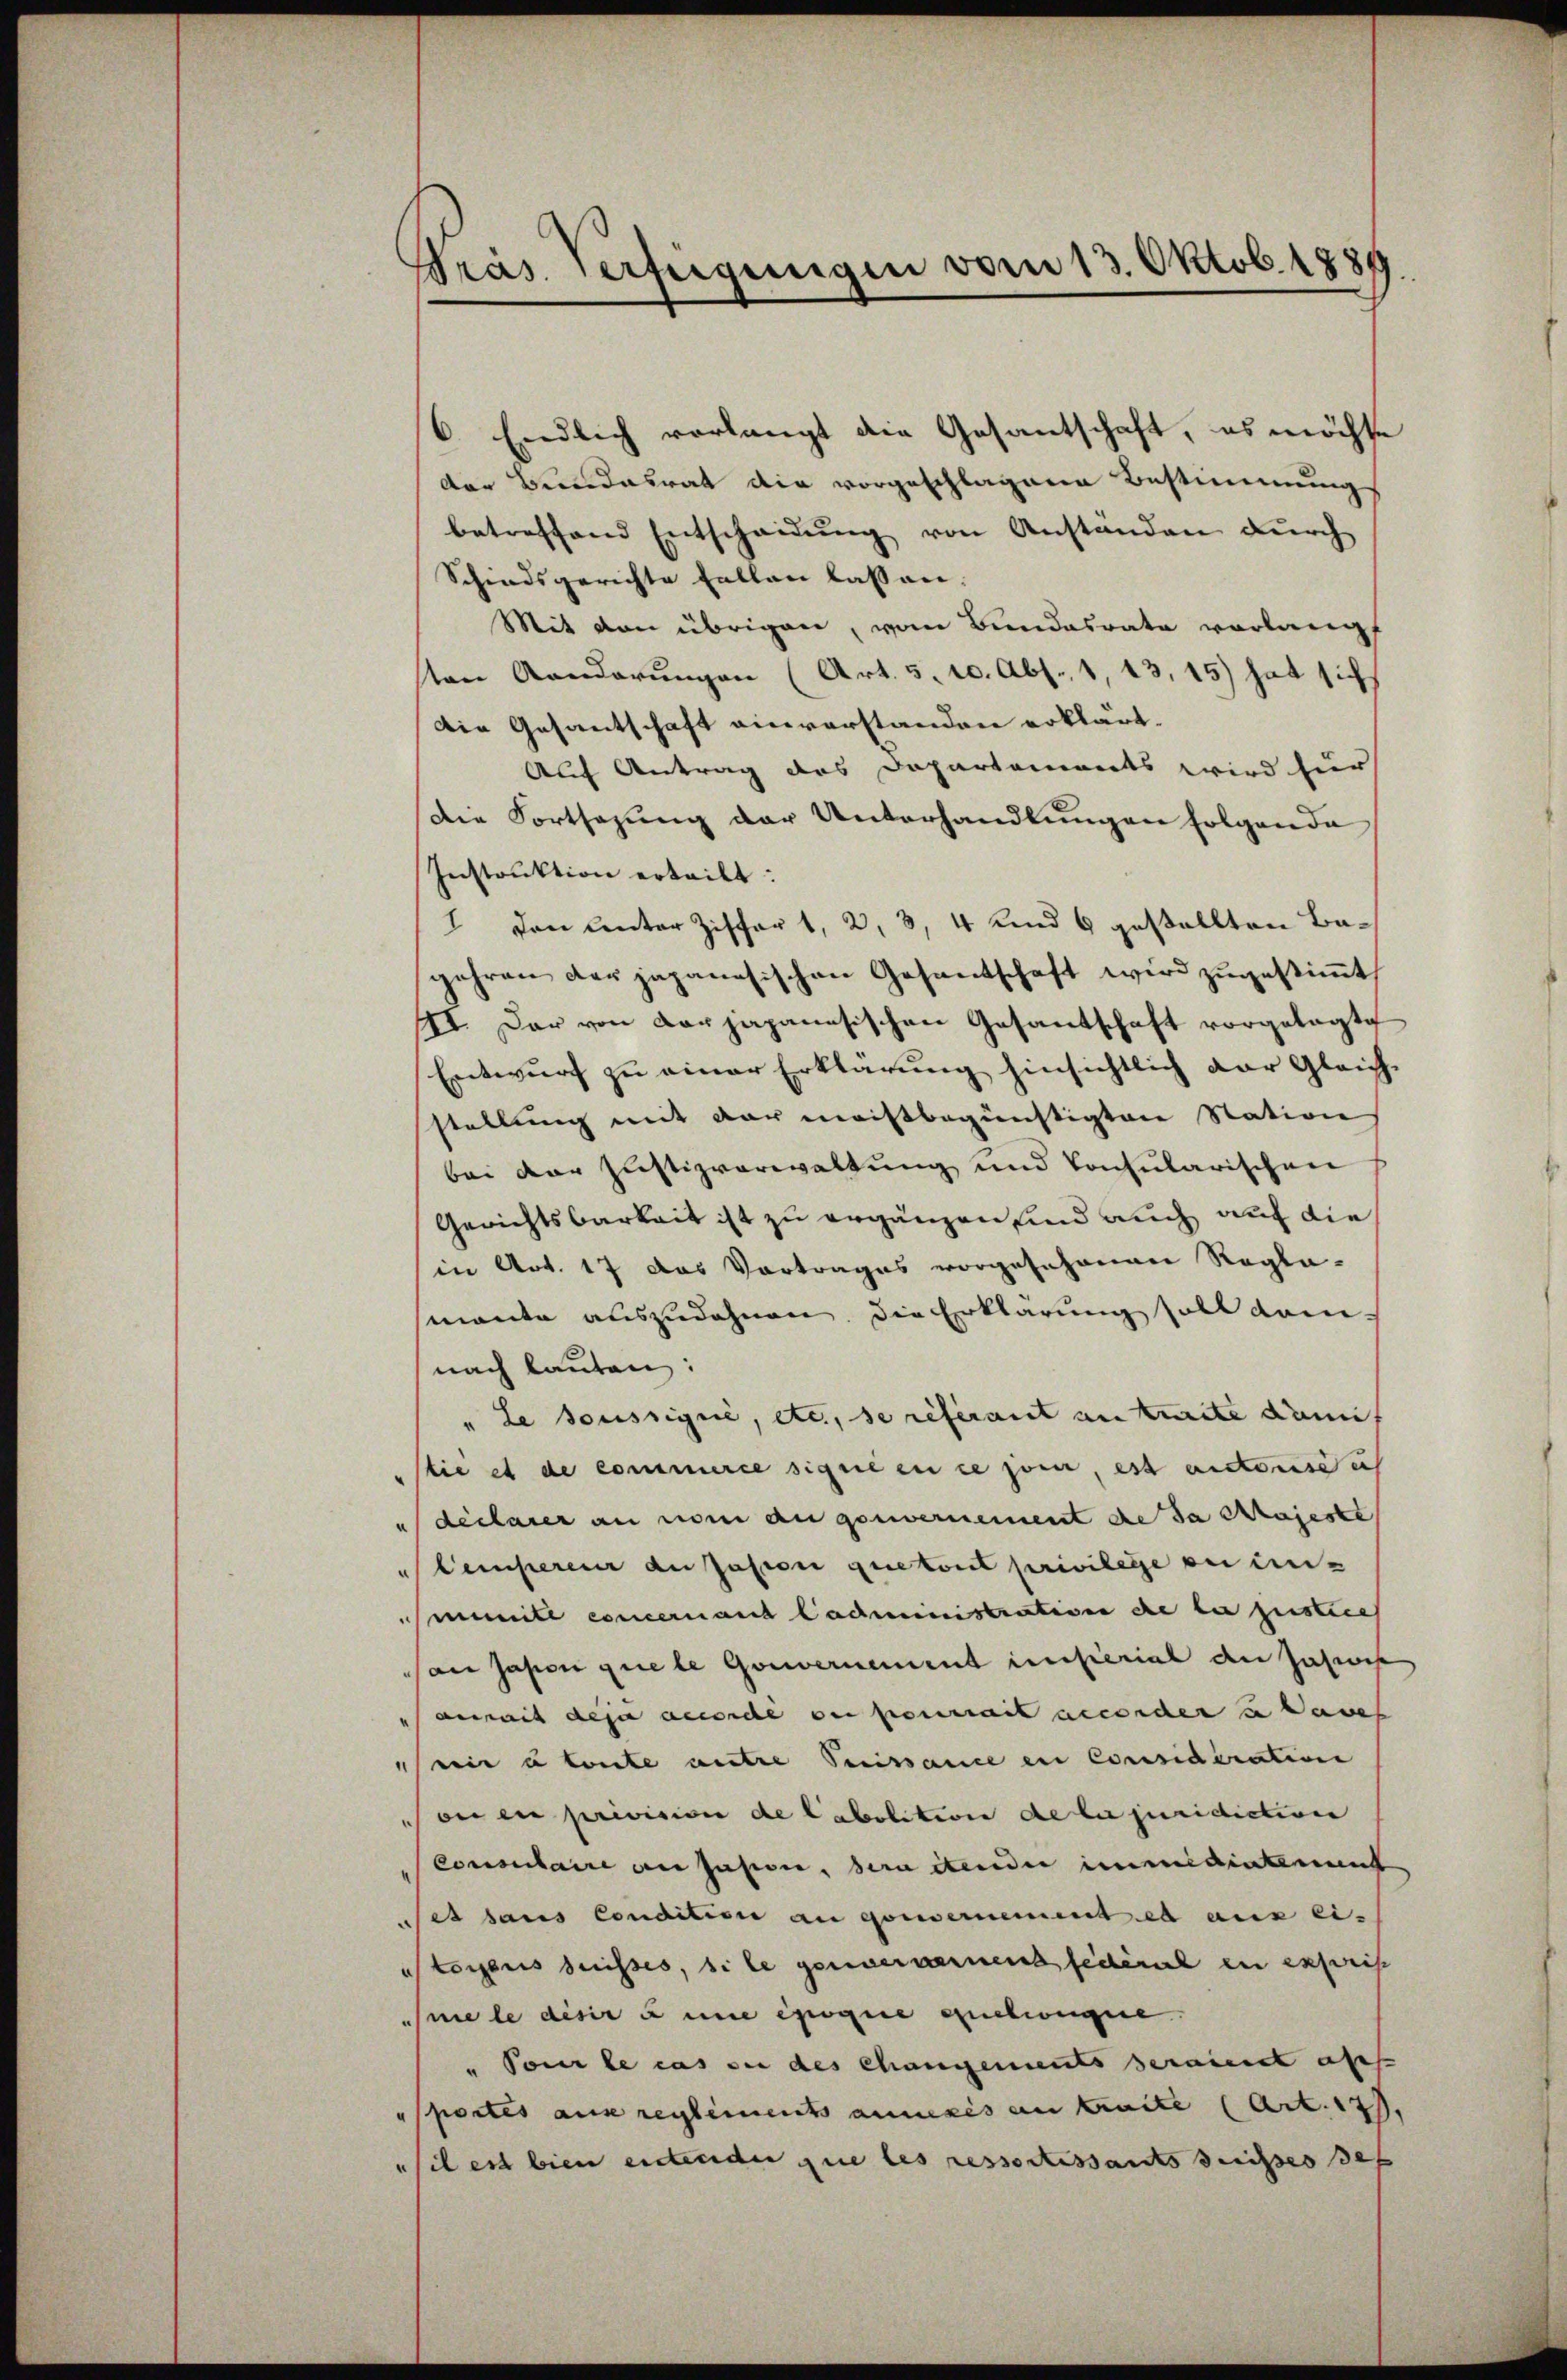
Präs. Verfügungen vom 13. Oktob. 1889.

6. Endlich verlangt die Gesantschaft, es möchte
der Bundesrat die vorgeschlagene Bestimmung
betreffend Entscheidung von Anständen durch
Schiedsgerichte fallen lassen.
Mit den übrigen, vom Bundesrate vorlangt
ten Kanderungen (Art. 5. 10. Abs. 1, 13,15) hat sich
Die Gesantschaft einverstanden erklärt.
Auf Antrag des Departements wird für
Die Fortsazung der Unterhandlungen folgende
Instruktion erteilt:
1 den unter Ziffer 1, 2, 3, 4 und 6 gestellten Bagehren der japanesischen Gesantschaft wird zugestimmt
III. Der von der japanesischen Gesantschaft vorgelegte
Entwurf zu einer Erklärung hinsichtlich der Gleich-
stellung mit der meistbegünstigten Station
bei der Justizverwaltung und Consularischen
Gerichtsbarkeit ist zu ergänzen sind auch auf die
(in Art. 17 das Vortrages vorgesehenen Regle-
mante auszudehnen, die Erklärung soll dam
nach lauten:
" Le soussigné, etc., se referant antraite damit
tie et de commerce signe en ce soin, es auctorsich
 declarer an vom an gouvernement de da Majeste
Cempereuer an Jasion quetont privilege bei in-
imite concernant Cadministration de le justice
an jasion quele Gouvernement insterial den Jasse
aurait des accordé en pouvait accorden u Dawes
ni à toute autre Suissance en Considération
oni en privision de Cabolition de le juridiction
Consulaire an sasse, sera itenden immediatement
set dans condition an gouvernement es aux ei-
utoggens desses, si le genergernend federl in ersweise
mele desir unie erogie auchwagere
" Pour le cas sie des changements seraient ass
sportes aus reglements annesis an traite (Art. 17.
il est bien entenden zue les ressortissants desses des